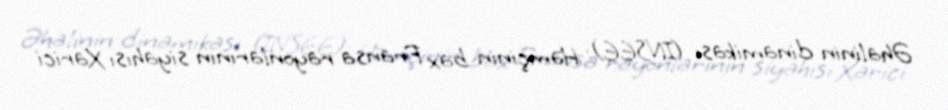
Əhalinin dinamikası (INSEE): Həmçinin bax Fransa rayonlarının siyahısı Xarici